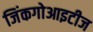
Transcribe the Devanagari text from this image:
जिंकगोआइटीज